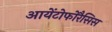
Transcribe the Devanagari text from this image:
आयेंटोफोरैसिस